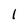
Character: 1